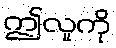
ဤလူကို